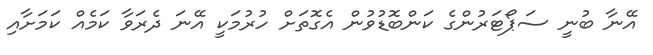
އޭނާ ބުނީ ސަޕޯޓަރުންގެ ކަންބޮޑުވުން އެގޮތަށް ހުރުމަކީ އޭނަ ދެރަވާ ކަމެއް ކަމަށާއި